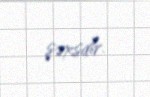
şəxsdir.